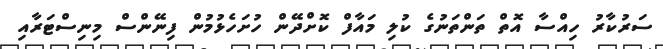
ސަރުކާރު ހިއްސާ އޮތް ތަންތަނުގެ ކުލި މައާފް ކޮށްދޭން ހުށަހެޅުމުން ފިނޭންސް މިނިސްޓަރާއި